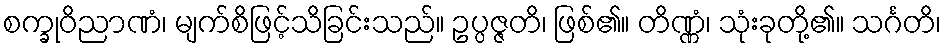
စက္ခုဝိညာဏံ၊ မျက်စိဖြင့်သိခြင်းသည်။ ဥပ္ပဇ္ဇတိ၊ ဖြစ်၏။ တိဏ္ဏံ၊ သုံးခုတို့၏။ သင်္ဂတိ၊